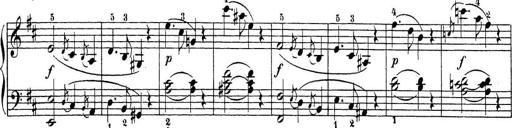
Title: Sonatina Album
Composer: Louis KÃ¶hler